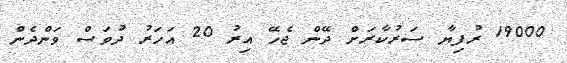
19000 ރުފިޔާ ސަރުކާރަށް ދޭން ޖެހޭ އިރު 20 އަހަރު ދުވަސް ވަންދެން